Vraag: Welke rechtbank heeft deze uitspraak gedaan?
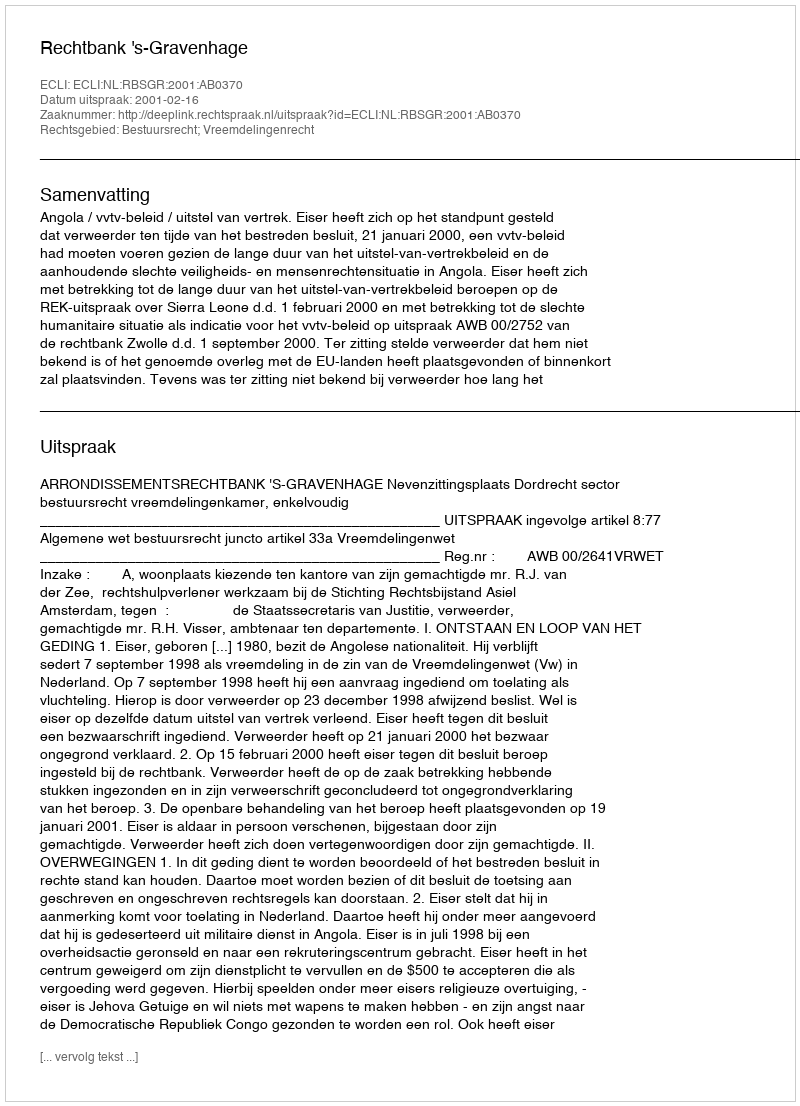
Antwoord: Rechtbank 's-Gravenhage